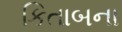
કિતાબના